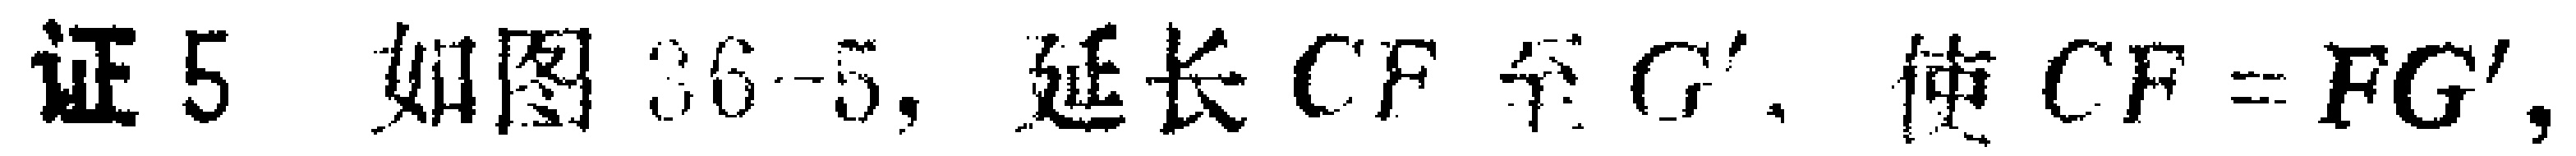
证5 如图36 - 5, 延长 \(CF\) 至 \(G'\), 使 \(CF = FG'\),